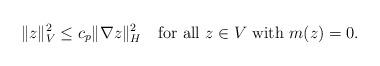
LaTeX: \begin{align*} \|z\|^2_V \leq c_p \| \nabla z \|^2_H \ \ \ \textrm{for all $z \in V$ with $m(z)=0$}.\end{align*}